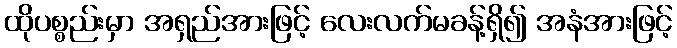
ထိုပစ္စည်းမှာ အရှည်အားဖြင့် လေးလက်မခန့်ရှိ၍ အနံအားဖြင့်